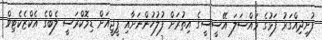
ފުށިދިއްގަރު ފަޅުގެ މައްސަލަ އޭސީސީގެ އިތުރަށް ފުލުހުންނަށާއި ޕީޖީއަށް ޑިމޮކްރަސީ ލެބްގެ އެކްޒެކެޓިވް